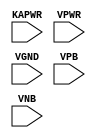
module sky130_fd_sc_lp__decapkapwr (
    KAPWR,
    VPWR ,
    VGND ,
    VPB  ,
    VNB
);

    // Module ports
    input KAPWR;
    input VPWR ;
    input VGND ;
    input VPB  ;
    input VNB  ;
     // No contents.
endmodule